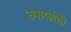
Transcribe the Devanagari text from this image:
उपारसोली